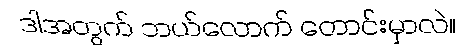
ဒါအတွက် ဘယ်လောက် တောင်းမှာလဲ။